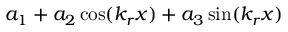
a _ { 1 } + a _ { 2 } \cos ( k _ { r } x ) + a _ { 3 } \sin ( k _ { r } x )